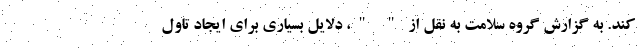
کند. به گزارش گروه سلامت به نقل از " "، دلایل بسیاری برای ایجاد تاول